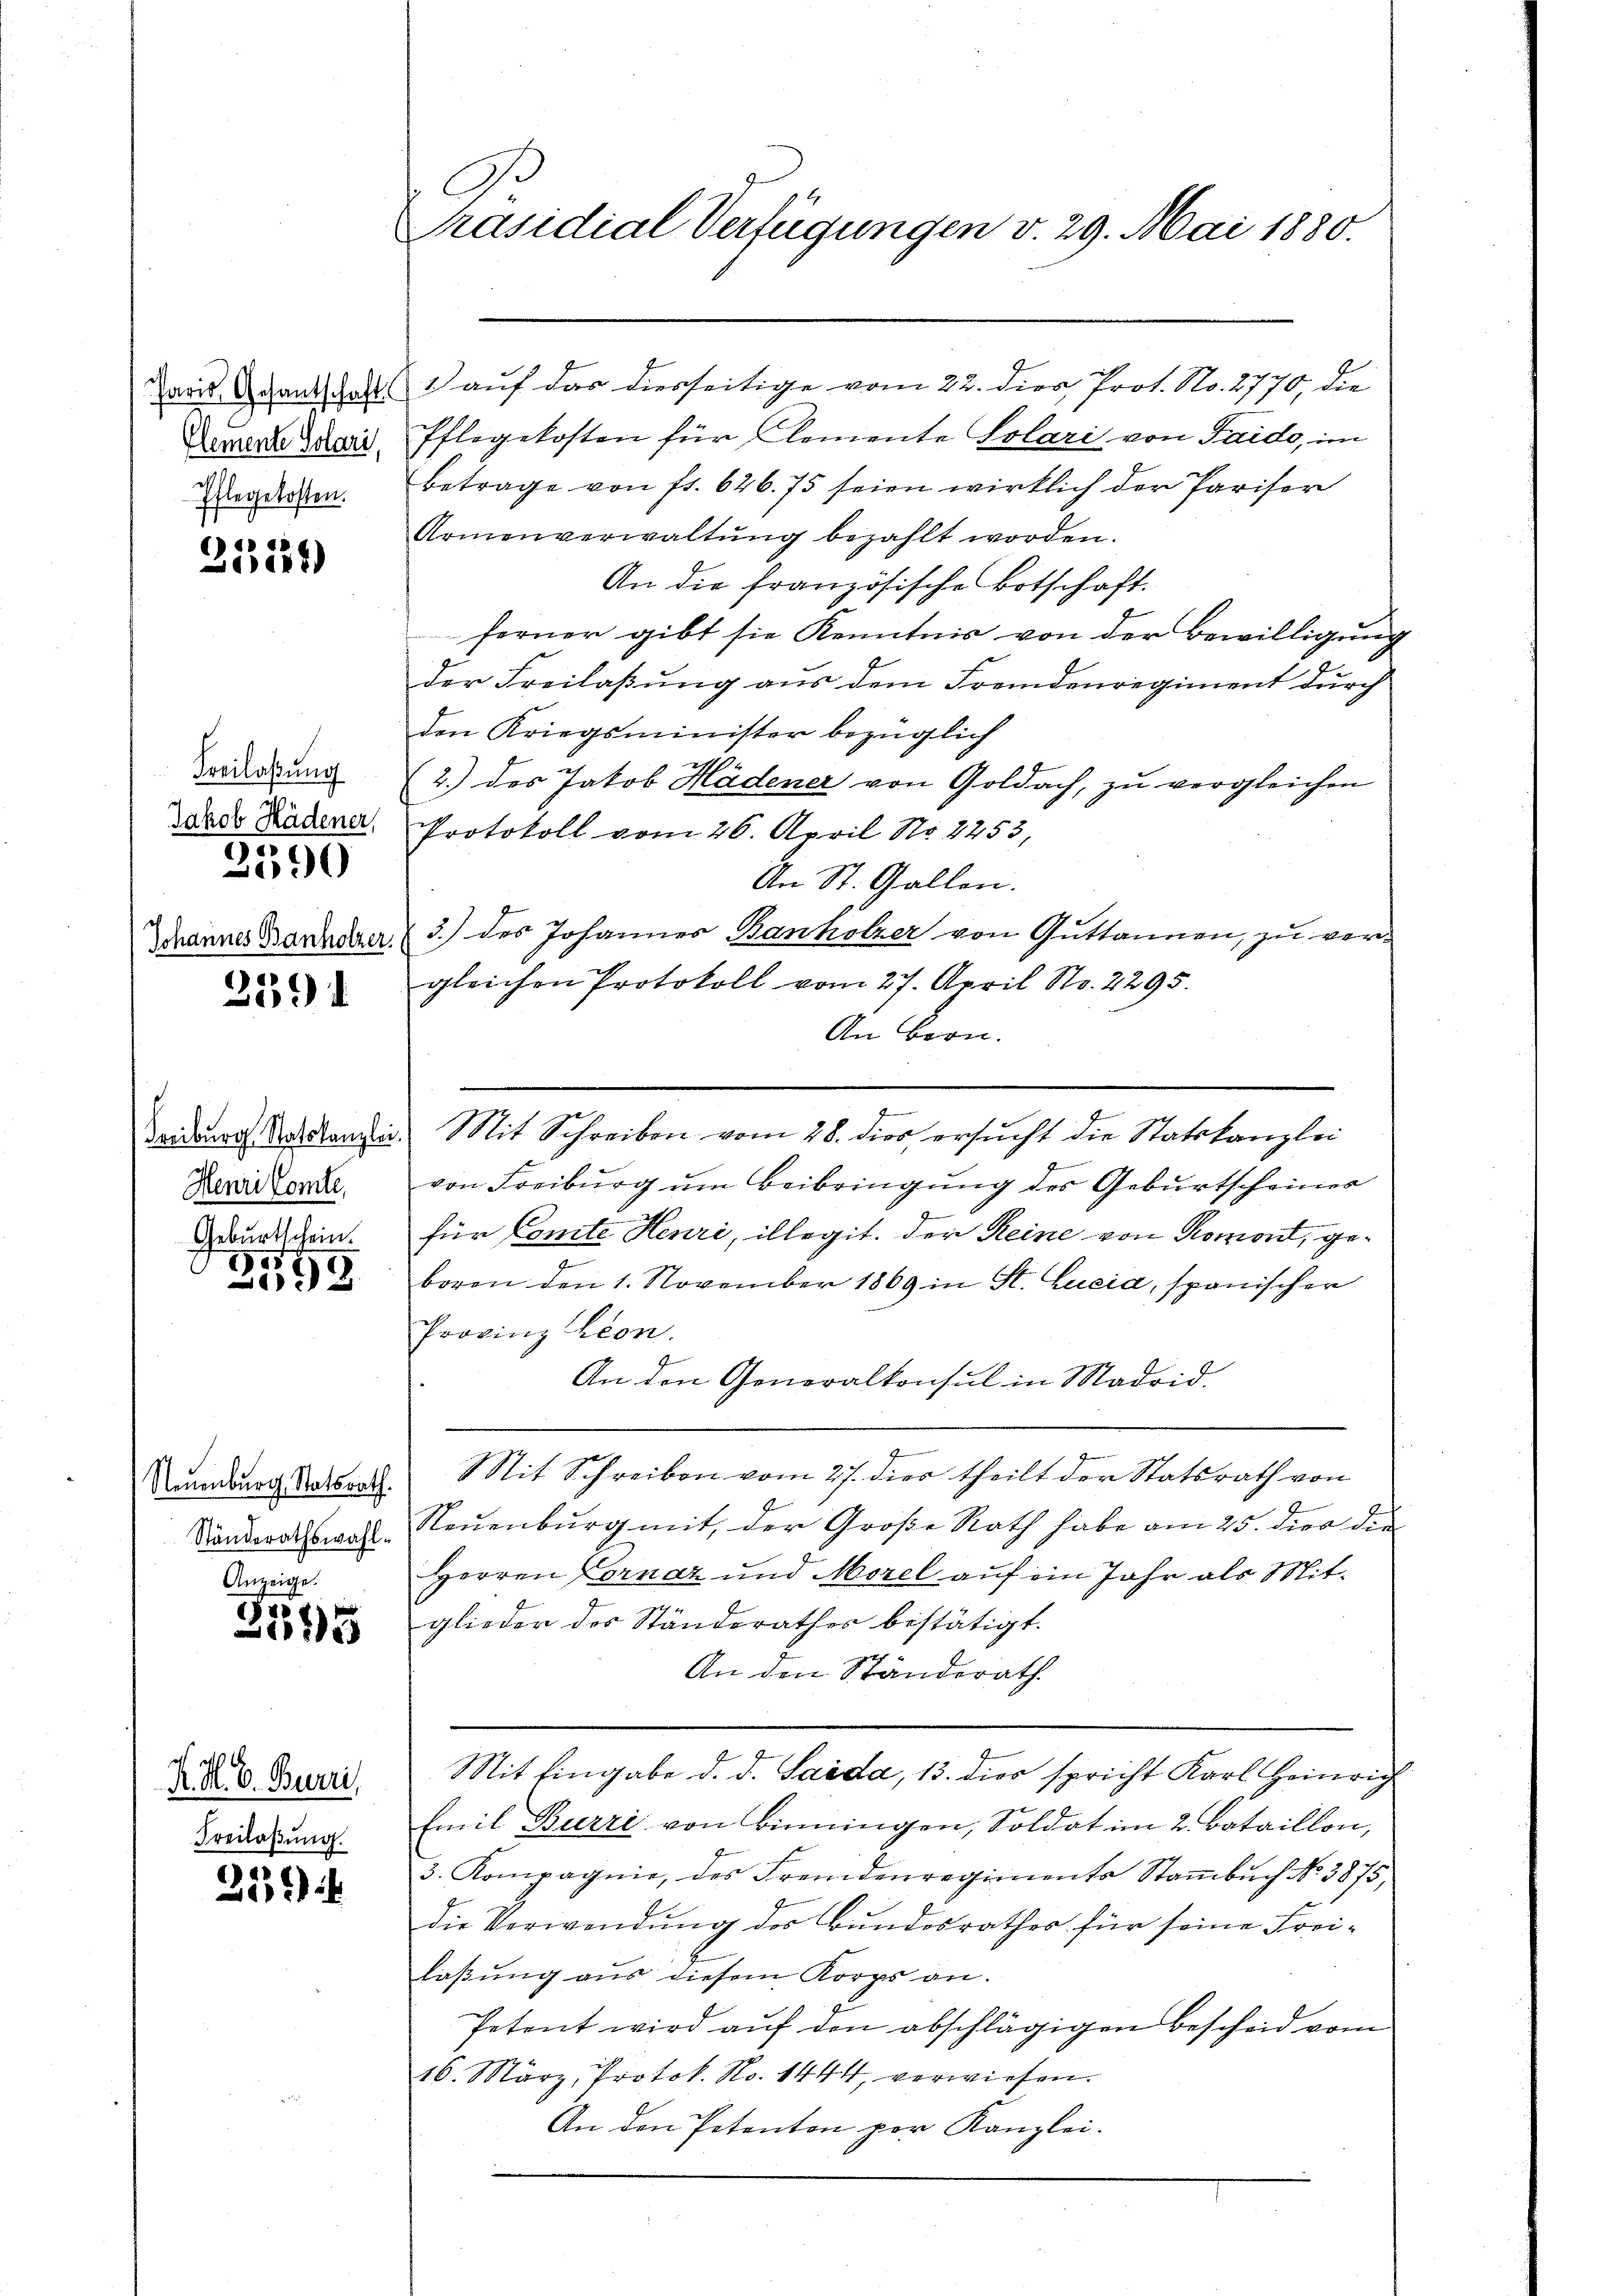
Pflegekosten.

(14
18

Freilaßung
.
2590

Johannes Banholzer.

3391

Henri Comte.

Geburtschein.
2599

Neuenburg Statsrath.
Anzeige.

s
855

K. H. E. Burri
Freilaßung.

¬
a

Präsidial-Verfügungen v. 29. Mai 1880.

aris Brandschaft auf das diesseitige vom 22. dies, Prot. No. 2770, die
Derrede der Pflegekosten für emente Solari von Saido, im
betrage von fr. 626. 75 seien wirklich der Pariser
Armenverwaltŭng bezahlt worden.
An die französische Botschaft.
ferner gibt sie Kenntnis von der Bewilligung
der Freilaßung aus dem Fremdenregiment durch
den Kriegsminister bezüglich
(2.) des Jakob Hädener von Goldach, zu vergleichen
dade Ladene Protokoll vom 26. April No 2253,
An St. Gallen.
3.) des Johannes Banholzer von Guttannen, zu vergleichen Protokoll vom 27. April No. 2295.
An Bern.
dardurch Art stanzen Mit Schreiben vom 28. dies ersŭcht die Statskanzlei
von Freiburg um Beibringung des Geburtscheiner
für Comte Henri, illegit. Der Reine von Romont, geboren den 1. November 1869 in St. Lucia, spanischer
Provinz Lion.
An den Generalkonsul in Madrid
Mit Schreiben vom 27. dies theilt der Statsrath von
Standerathswahl. Neuenburg mit, der Große Rath habe am 25. dien die
Herren Cornaz und Morel auf ein Jahr als Mitglieder des Ständerathes bestätigt.
An den Ständerath
Mit Eingabe d. d. Saida, 13. dies spricht Karl Heinrich
Emil Burri von Binningen, Soldat im 2. Bataillon,
3. Kompagnie, des Fremdenregiments Stambuch No. 3875,
die Verwendung des Bundesrathes für seine Freilaßung aus diesem Korps an.
Petent wird aŭf den abschlägigen Bescheid vom
16. März, Protok. No. 1444, verwiesen.
An den Petenten per Kanzlei-